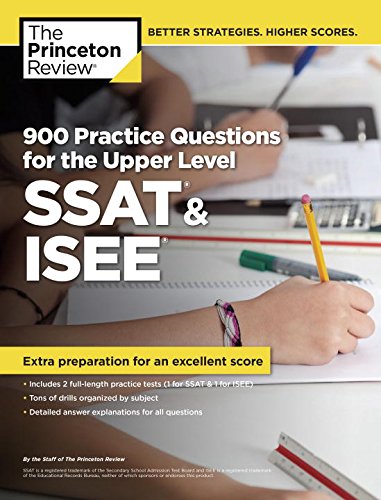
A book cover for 900 Practice Questions for the Upper Level SSAT & ISEE (Private Test Preparation); Princeton Review; Test Preparation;